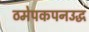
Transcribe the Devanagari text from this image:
ठमेपकपनउद्ध